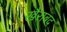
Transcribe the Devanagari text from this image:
खैराबद